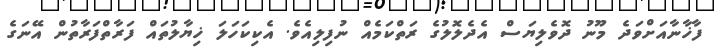
ފާޚާނާއަށްވަދެ މޫނު ދޮވެލިޔަސް އެދެލޮލުގެ ރަތްކަމެއް ނުފިލިއެވެ. އެކިކަހަލަ ޚިޔާލުތައް ފަރާތްފަރާތުން އޭނަގެ